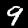
Label: 9